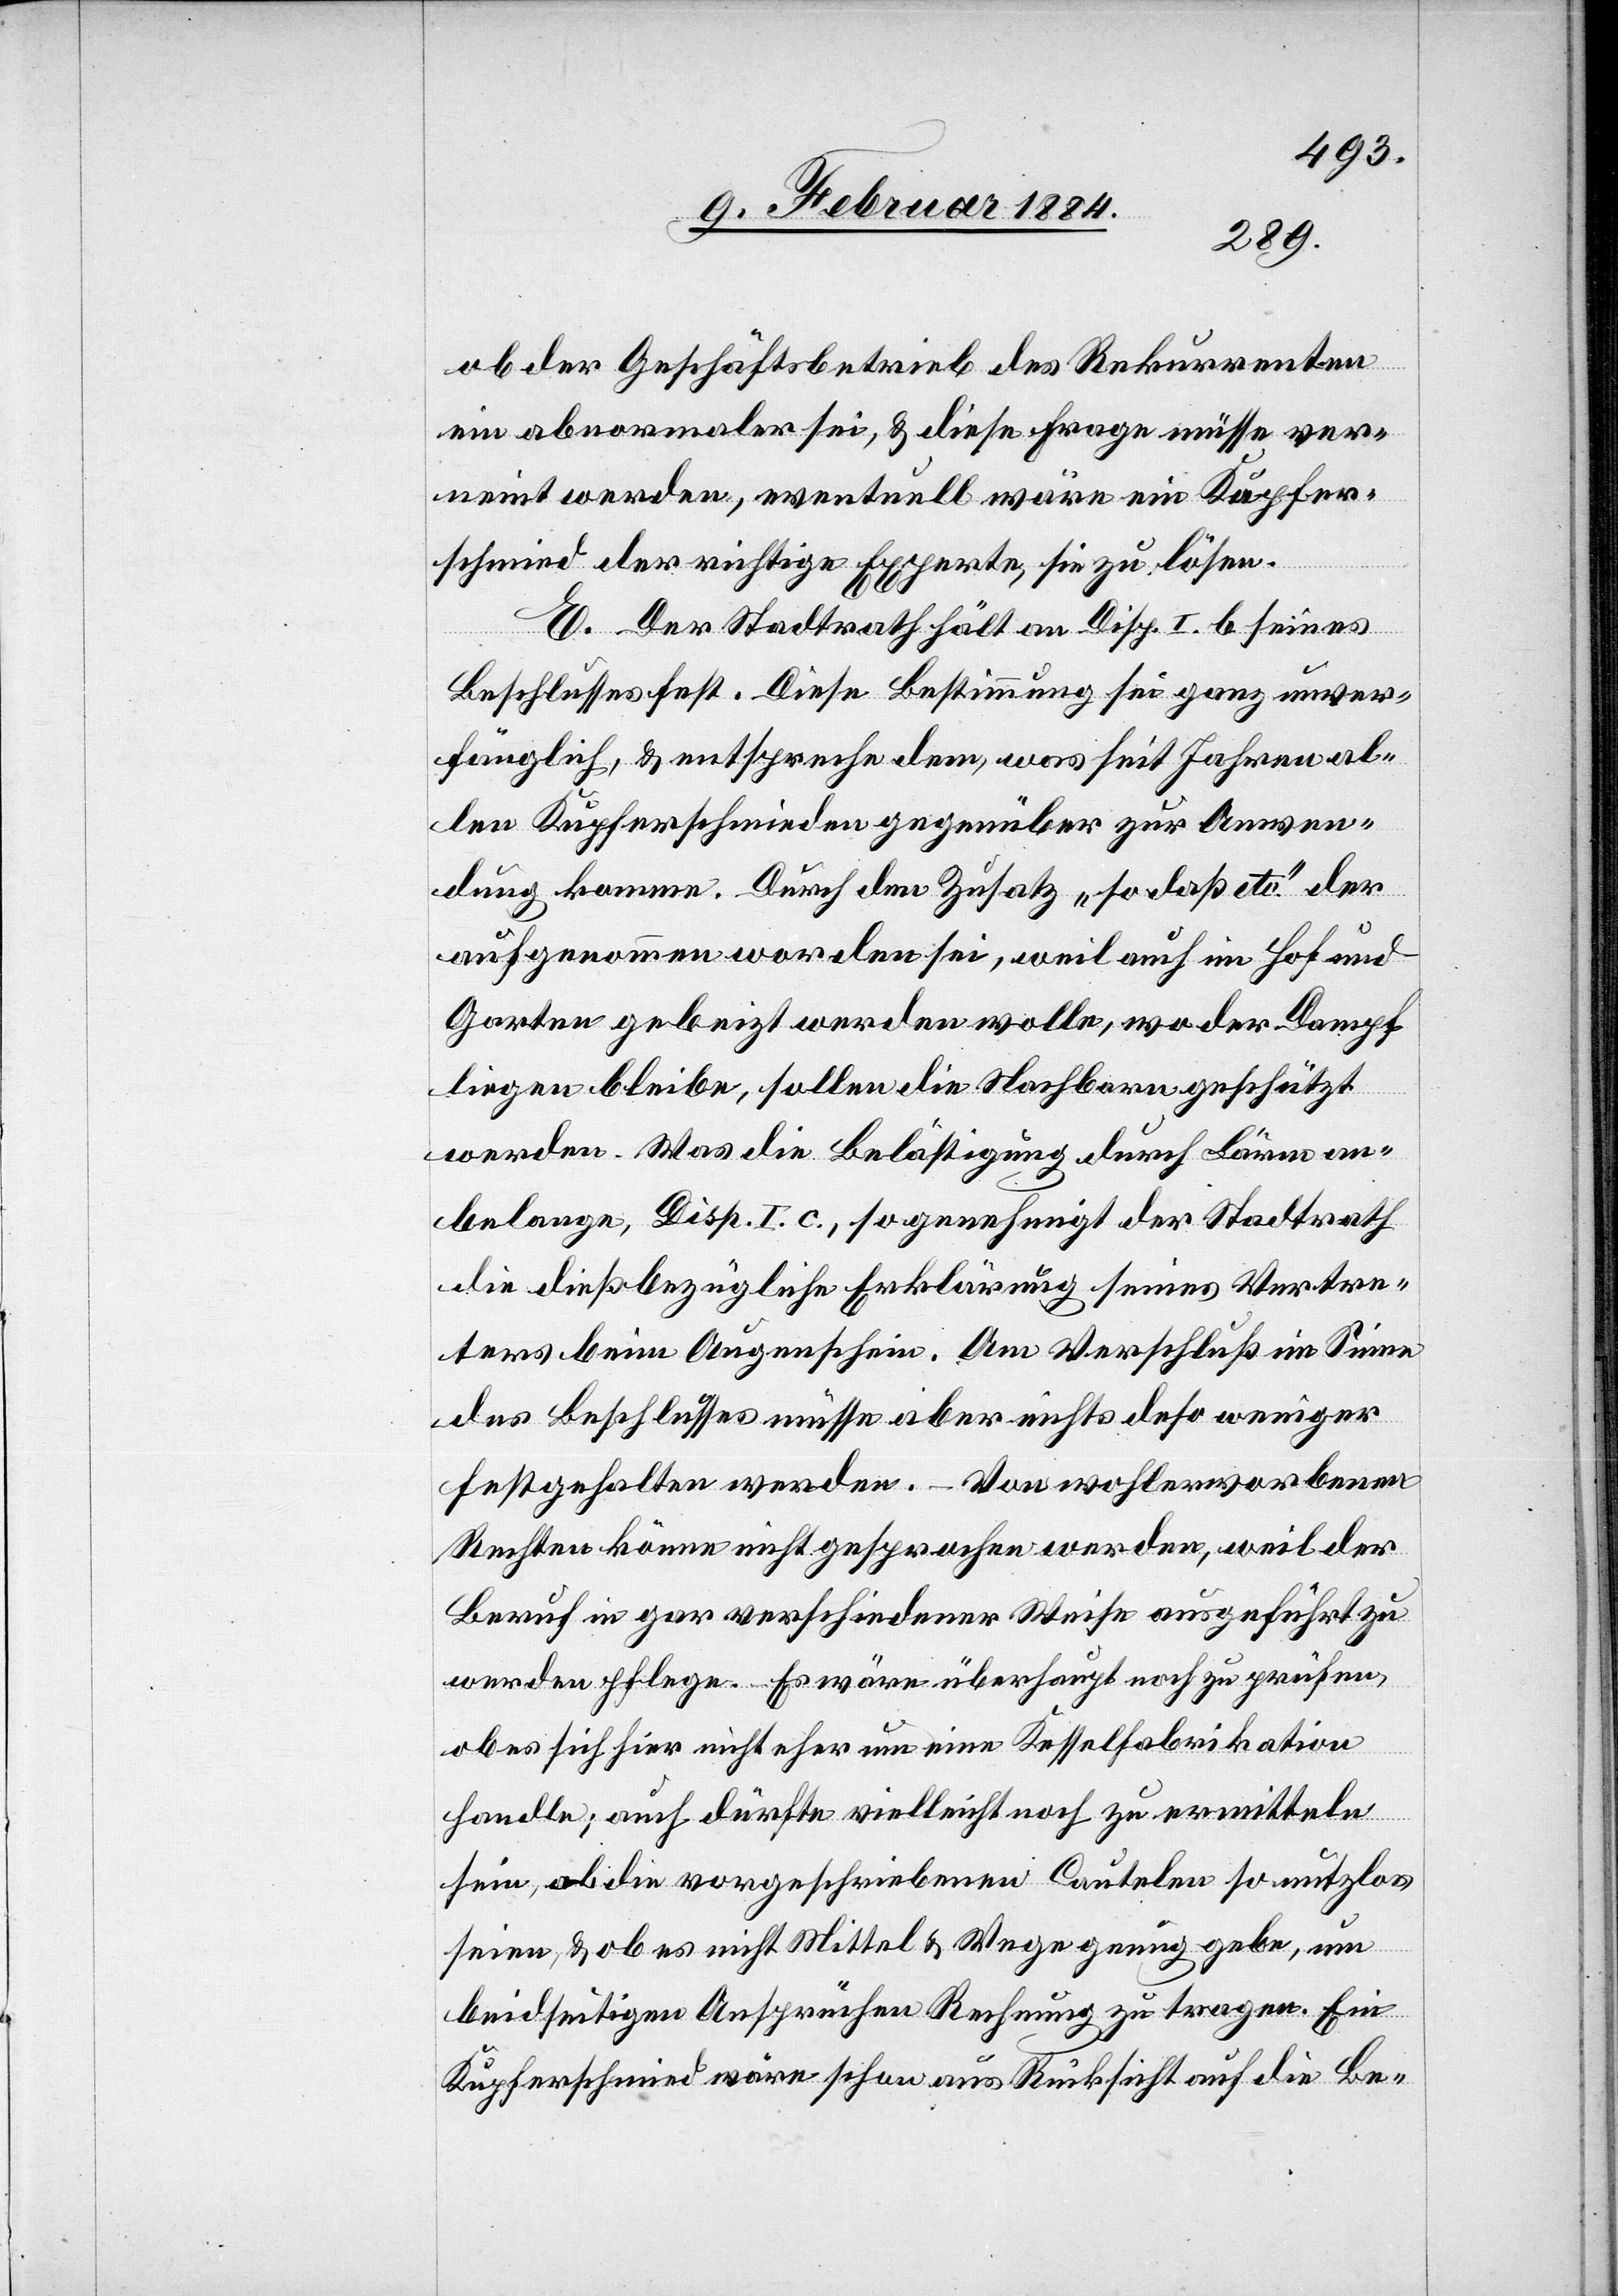
ob der Geschäftsbetrieb des Rekurrenten
ein abnormaler sei, & diese Frage müsse ver¬
neint werden, eventuell wäre ein Kupfer¬
schmid der richtige Experte, sie zu lösen.
E. Der Stadtrath hält am Disp. I b. seines
Beschlusses fest. Diese Bestimmung sei ganz unver¬
fänglich, & entspreche dem, was seit Jahren al¬
len Kupferschmiden gegenüber zur Anwen¬
dung komme. Durch den Zusatz „so daß etc.“ der
aufgenommen worden sei, weil auch im Hof und
Garten gebeizt werden wolle, wo der Dampf
liegen bleibe, sollen die Nachbarn geschützt
werden. Was die Belästigung durch Lärm an¬
belange, Disp. I. c., so genehmigt der Stadtrath
die dießbezügliche Erklärung seines Vertre¬
ters beim Augenschein. Am Verschluß im Sinne
des Beschlusses müsse aber nichts des[t]o weniger
festgehalten werden. – Von wohlerworbenen
Rechten könne nicht gesprochen werden, weil der
Beruf in gar verschiedener Weise ausgeführt zu
werden pflege. Es wäre überhaupt noch zu prüfen,
ob es sich hier nicht eher um eine Kesselfabrikation
handle; auch dürfte vielleicht noch zu ermitteln
sein, ob die vorgeschriebenen Cautelen so nutzlos
seien, & ob es nicht Mittel & Wege genug gebe, um
beidseitigen Ansprüchen Rechnung zu tragen. Ein
Kupferschmid wäre schon aus Rücksicht auf die Be-